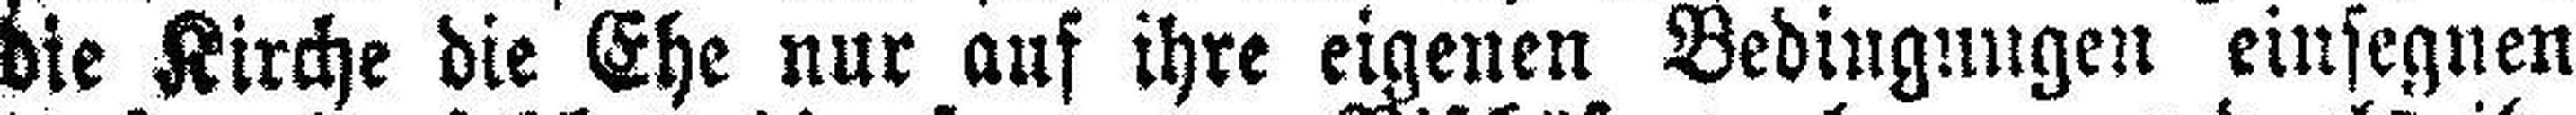
die Kirche die Ehe nur auf ihre eigenen Bediugungen einsegnen